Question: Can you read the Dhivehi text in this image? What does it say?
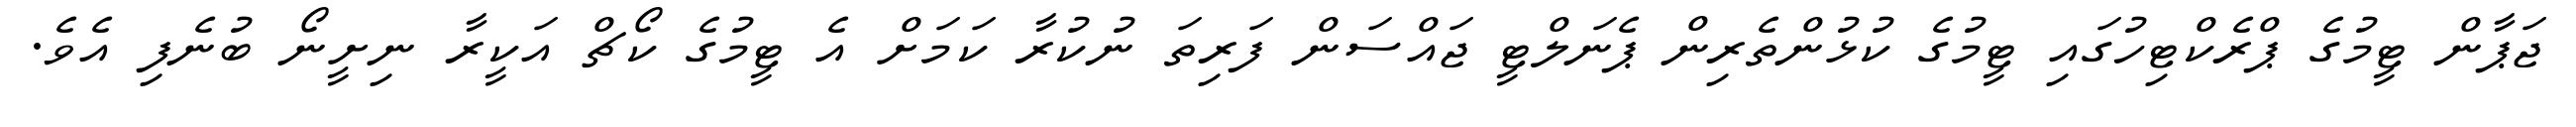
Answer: ޖަޕާން ޓީމުގެ ޕްރެކްޓިހުގައި ޓީމުގެ ކުޅުންތެރިން ޕެނަލްޓީ ޖައްސަން ފަރިތަ ނުކުރާ ކަމަށް އެ ޓީމުގެ ކޯޗް އަކީރާ ނިށީނޯ ބުނެފި އެވެ.